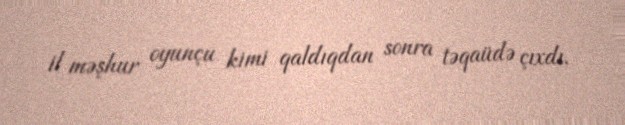
il məşhur oyunçu kimi qaldıqdan sonra təqaüdə çıxdı.